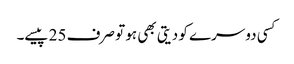
کسی دوسرے کو دیتی بھی ہو تو صرف 25 پیسے۔